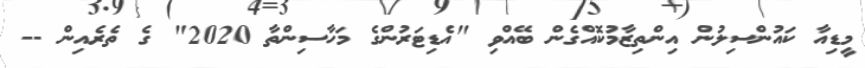
މީޑިއާ ކައުންސިލުން އިންތިޒާމުކޮއްގެން ބޭއްވި "އެޑިޓަރުންގެ މަހާސިންތާ 2020" ގެ ތެރެއިން --